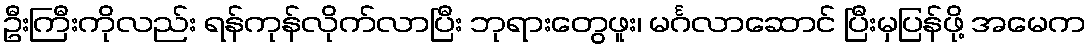
ဦးကြီးကိုလည်း ရန်ကုန်လိုက်လာပြီး ဘုရားတွေဖူး၊ မင်္ဂလာဆောင် ပြီးမှပြန်ဖို့ အမေက